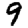
Digit: 9